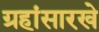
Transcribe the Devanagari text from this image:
ग्रहांसारखे